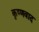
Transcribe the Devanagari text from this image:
कृष्णवाद